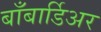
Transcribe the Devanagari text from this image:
बाँबार्डिअर